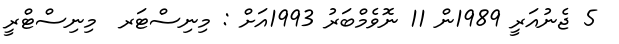
5 ޖެނުއަރީ 1989ން 11 ނޮވެމްބަރު 1993އަށް : މިނިސްޓަރ  މިނިސްޓްރީ